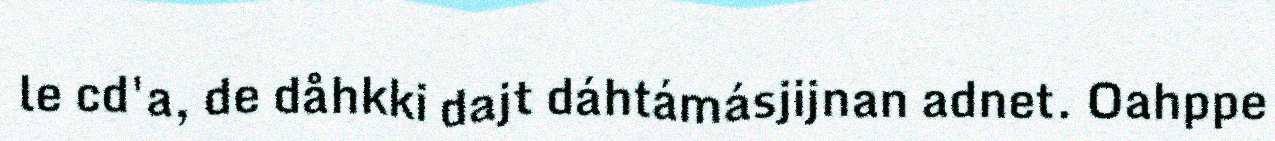
le cd'a, de dåhkki dajt dáhtámásjijnan adnet. Oahppe